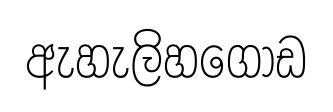
ඇහැලිහගොඩ